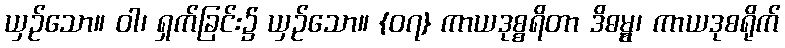
ယှဉ်သော။ ဝါ၊ ရှက်ခြင်း၌ ယှဉ်သော။ {၀၇} ကာယဒုစ္စရိတာ ဒိဓမ္မွ၊ ကာယဒုစရိုက်